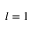
l = 1